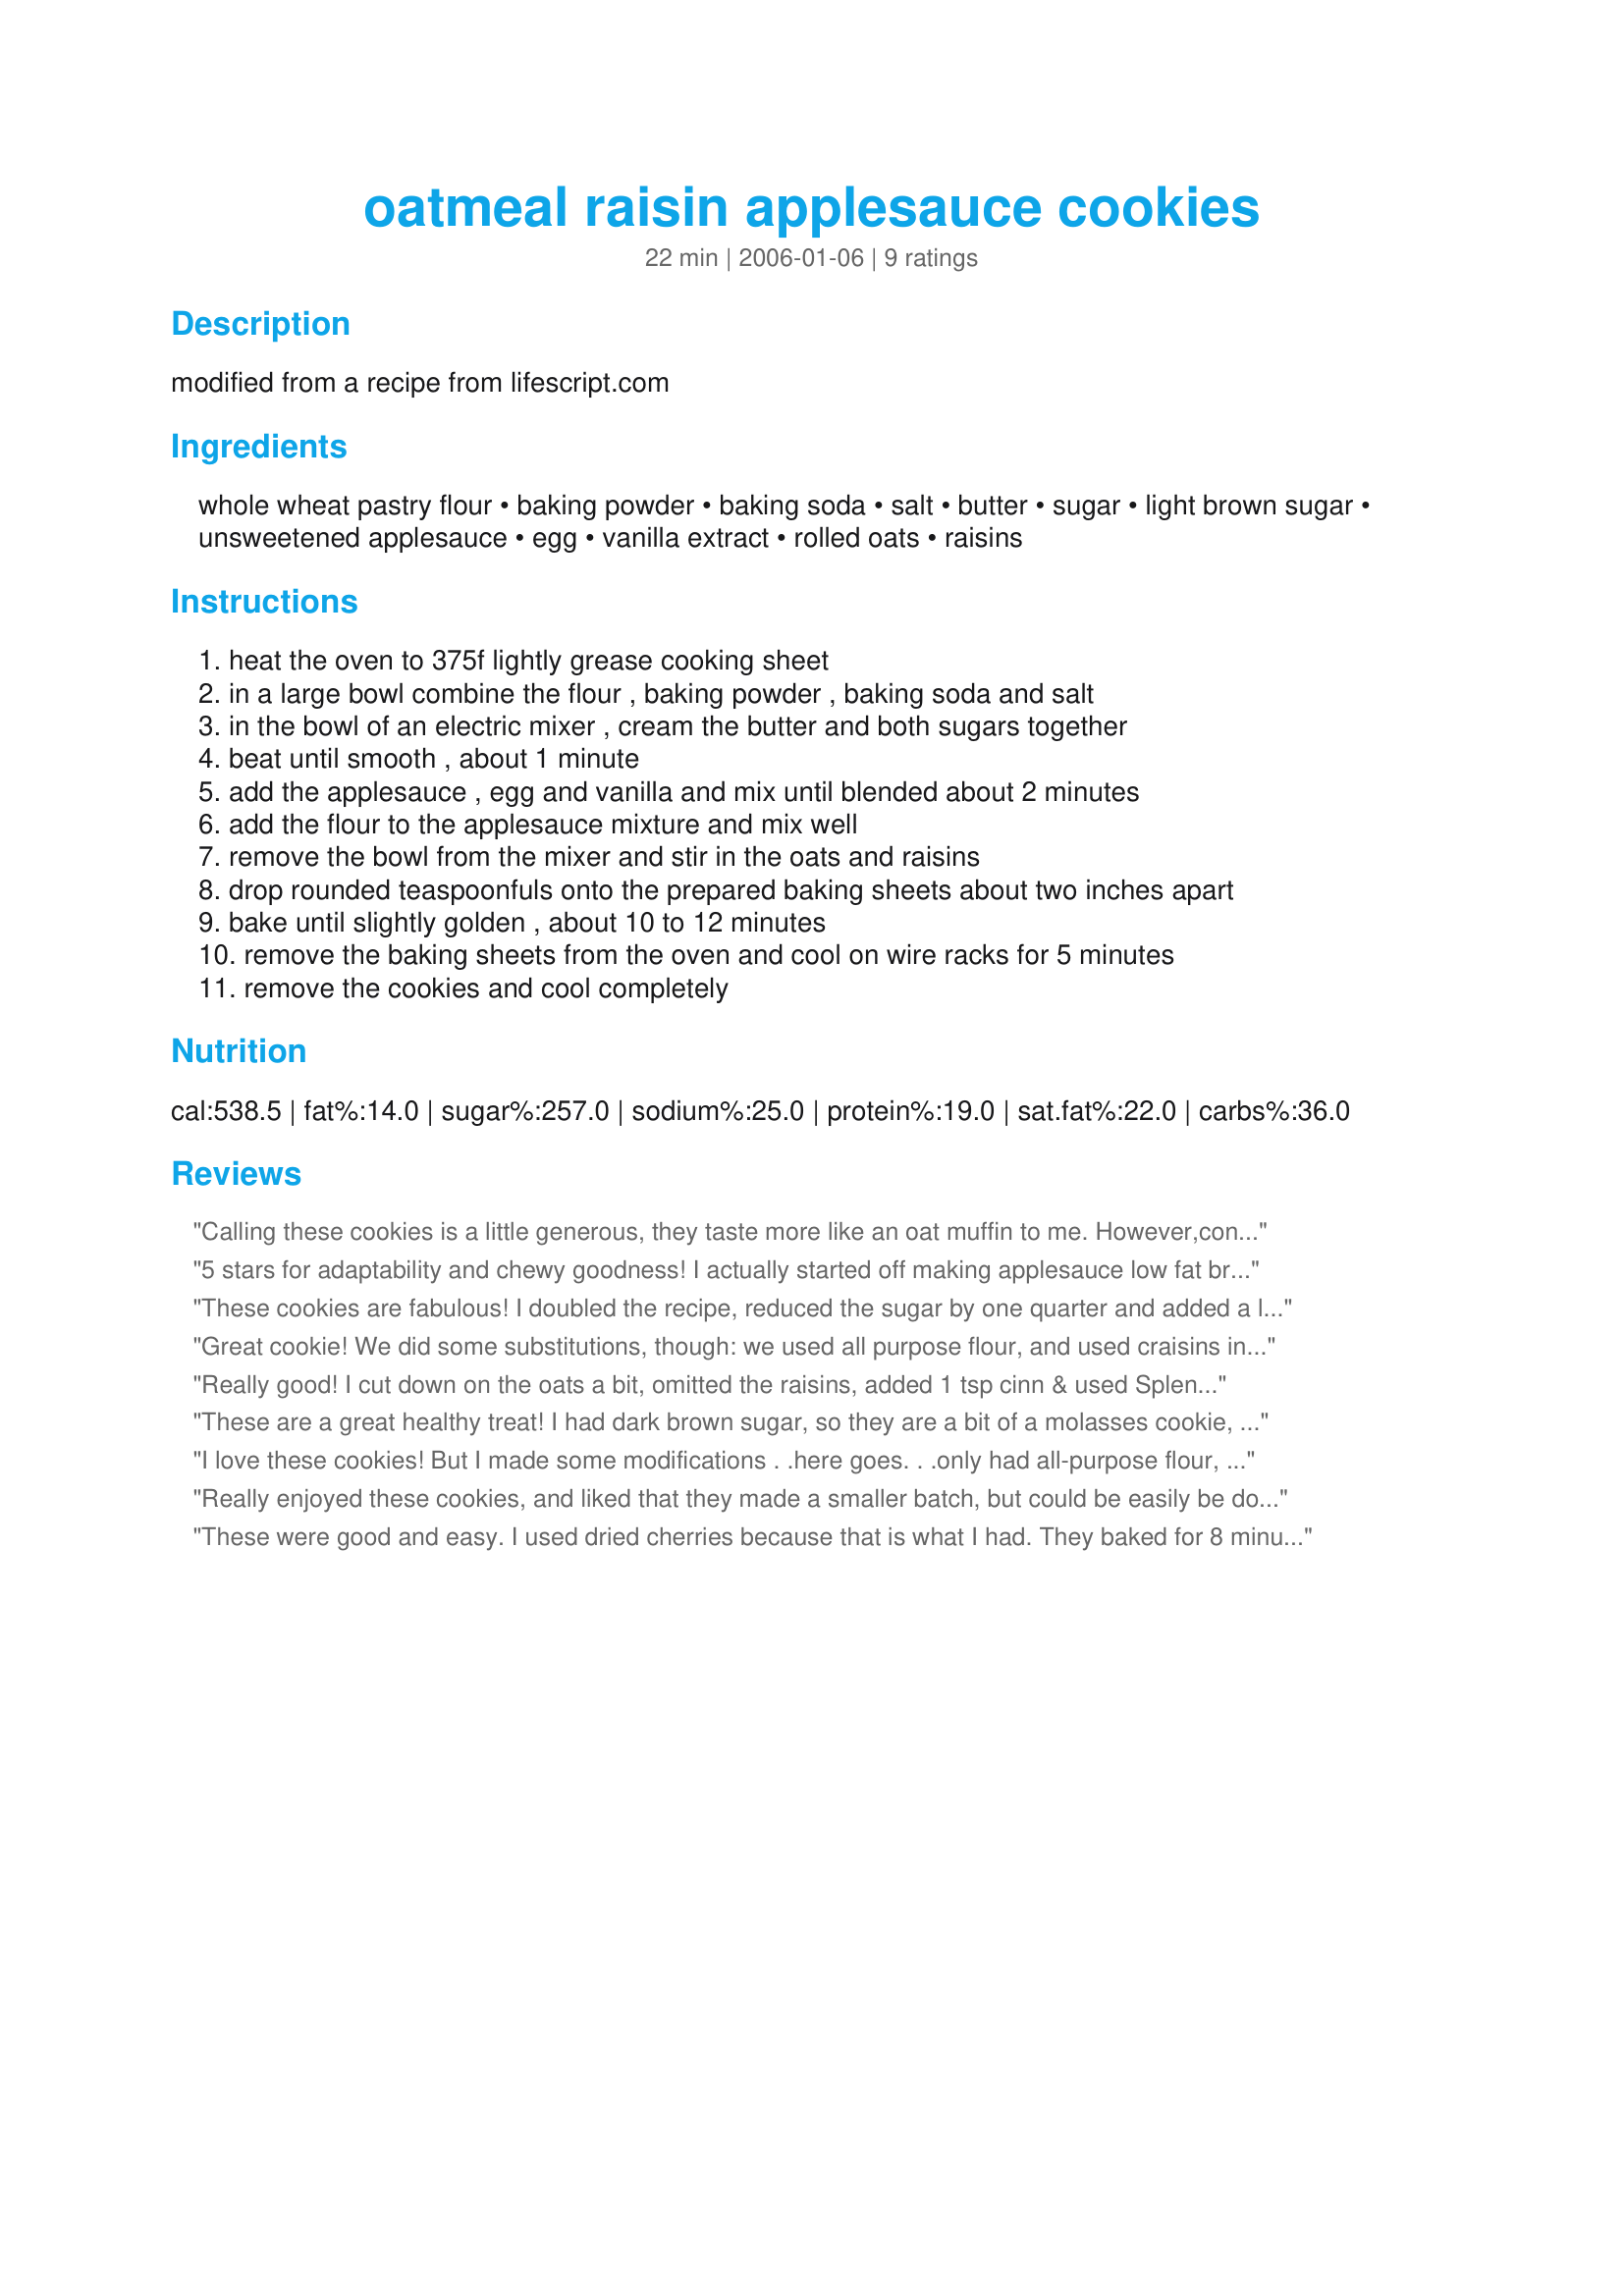
oatmeal raisin applesauce cookies
Preparation time: 22 minutes

modified from a recipe from lifescript.com

Ingredients:
whole wheat pastry flour, baking powder, baking soda, salt, butter, sugar, light brown sugar, unsweetened applesauce, egg, vanilla extract, rolled oats, raisins

Steps:
heat the oven to 375f lightly grease cooking sheet, in a large bowl combine the flour , baking powder , baking soda and salt, in the bowl of an electric mixer , cream the butter and both sugars together, beat until smooth , about 1 minute, add the applesauce , egg and vanilla and mix until blended about 2 minutes, add the flour to the applesauce mixture and mix well, remove the bowl from the mixer and stir in the oats and raisins, drop rounded teaspoonfuls onto the prepared baking sheets about two inches apart, bake until slightly golden , about 10 to 12 minutes, remove the baking sheets from the oven and cool on wire racks for 5 minutes, remove the cookies and cool completely

Reviews:
Calling these cookies is a little generous, they taste more like an oat muffin to me. However,considering these are meant to be more healty, you can't compare to a normal oatmeal cookie. They are good for what they are but I have some suggestions that I learned from making them. They will not spread at all like a normal cookie, so I would recommend flattening them before baking. Whatever shape you put in the oven is what they will come out looking like. I added walnuts and a raisin assortment which was nice. After the first batch I added cinnamon to the batter because I thought it was a bit bland. They recipes is forgiving and if you like spices I think allspice, nutmeg, and cinnamon would work nicely. I made this for my boyfriend who doesn't like sweets so I cut the sugar in half which was still good but may also be contributing to why this is tasting like a muffin. They baked for about 8 minutes in my oven.
5 stars for adaptability and chewy goodness! I actually started off making applesauce low fat brownies and then realized I was out of cocoa midway through! Luckily, I found your recipe which was quite similar. Since I already had 3/4 cup applesauce in my mixture I just kept adding oats until it started sticking, then, because they still weren't sticking very well and I didn't want to keep adding more oats, I stirred in about 1/4 cup natural peanut butter. They turned out fantastic! 10 min. was perfect in my oven and I had 26 large cookies. Also, don't be fooled by the higher fat/calorie content listed. That's for four servings, meaning you'd be eating six cookies (though, let's be honest, that does seem quite accurate, now doesn't it?) ;)
These cookies are fabulous! I doubled the recipe, reduced the sugar by one quarter and added a little molasses for flavor. Wow!!!! Thanks
Great cookie! We did some substitutions, though: we used all purpose flour, and used craisins in place of the raisins. Absolutely fabulous! We will make this again - especially for the ones that don't like chocolate (GASP!). We doubled it and it made 27 3-inch cookies. Very fluffy, too (which is perfect for this type of cookie, where I usually don't like cake-like cookies).
Really good! I cut down on the oats a bit, omitted the raisins, added 1 tsp cinn & used Splenda. A very moist, yummy cookie. Thanks!
These are a great healthy treat! I had dark brown sugar, so they are a bit of a molasses cookie, but they are wonderful! I also added about 1tsp fresh grated ginger and 1tsp cinnamon. Yum!
I love these cookies! But I made some modifications . .here goes. . .only had all-purpose flour, so that's what I used. I thought they might need some more flavor so I added 1 tsp cinnamon, 1/4 tsp each allspice, ginger and nutmeg. Don't keep butter in the house (no self discipline) so used canola oil in place. They are delicious! Flavorful, spicy-chewy and crunchy both, but next time I think I'll cut back on the sugar a bit. They don't need that much, and I'm always trying to make things healthier. Thanks for posting!
Really enjoyed these cookies, and liked that they made a smaller batch, but could be easily be doubled if you need more.
These were good and easy. I used dried cherries because that is what I had. They baked for 8 minutes in my oven.
